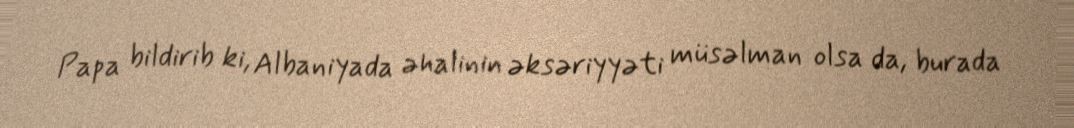
Papa bildirib ki, Albaniyada əhalinin əksəriyyəti müsəlman olsa da, burada